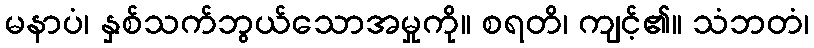
မနာပံ၊ နှစ်သက်ဘွယ်သောအမှုကို။ စရတိ၊ ကျင့်၏။ သံဘတံ၊